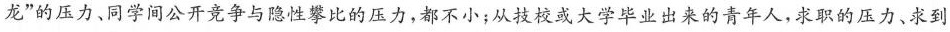
龙”的压力、同学间公开竞争与隐性攀比的压力，都不小；从技校或大学毕业出来的青年人，求职的压力、求到